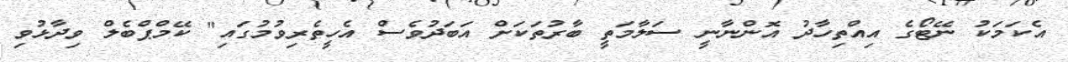
އެކަމަކު ނޭޓޯގެ އިއްތިހާދު އޮންނާނީ ސަލާމަތީ ބާރުތަކަށް އަބަދުވެސް އެހީތެރިވުމުގައި" ކޭމްޕްބެލް ވިދާޅުވި